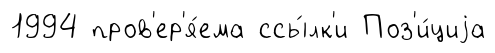
1994 пров'ер'я́ема ссы́лк'и Поз'и́циjа